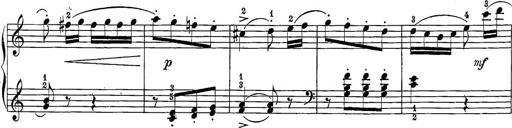
Title: 12 Sonatine per Pianoforte
Composer: Friedrich Kuhlau